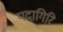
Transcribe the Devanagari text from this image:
यदागिरि